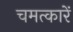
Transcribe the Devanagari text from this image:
चमत्कारें